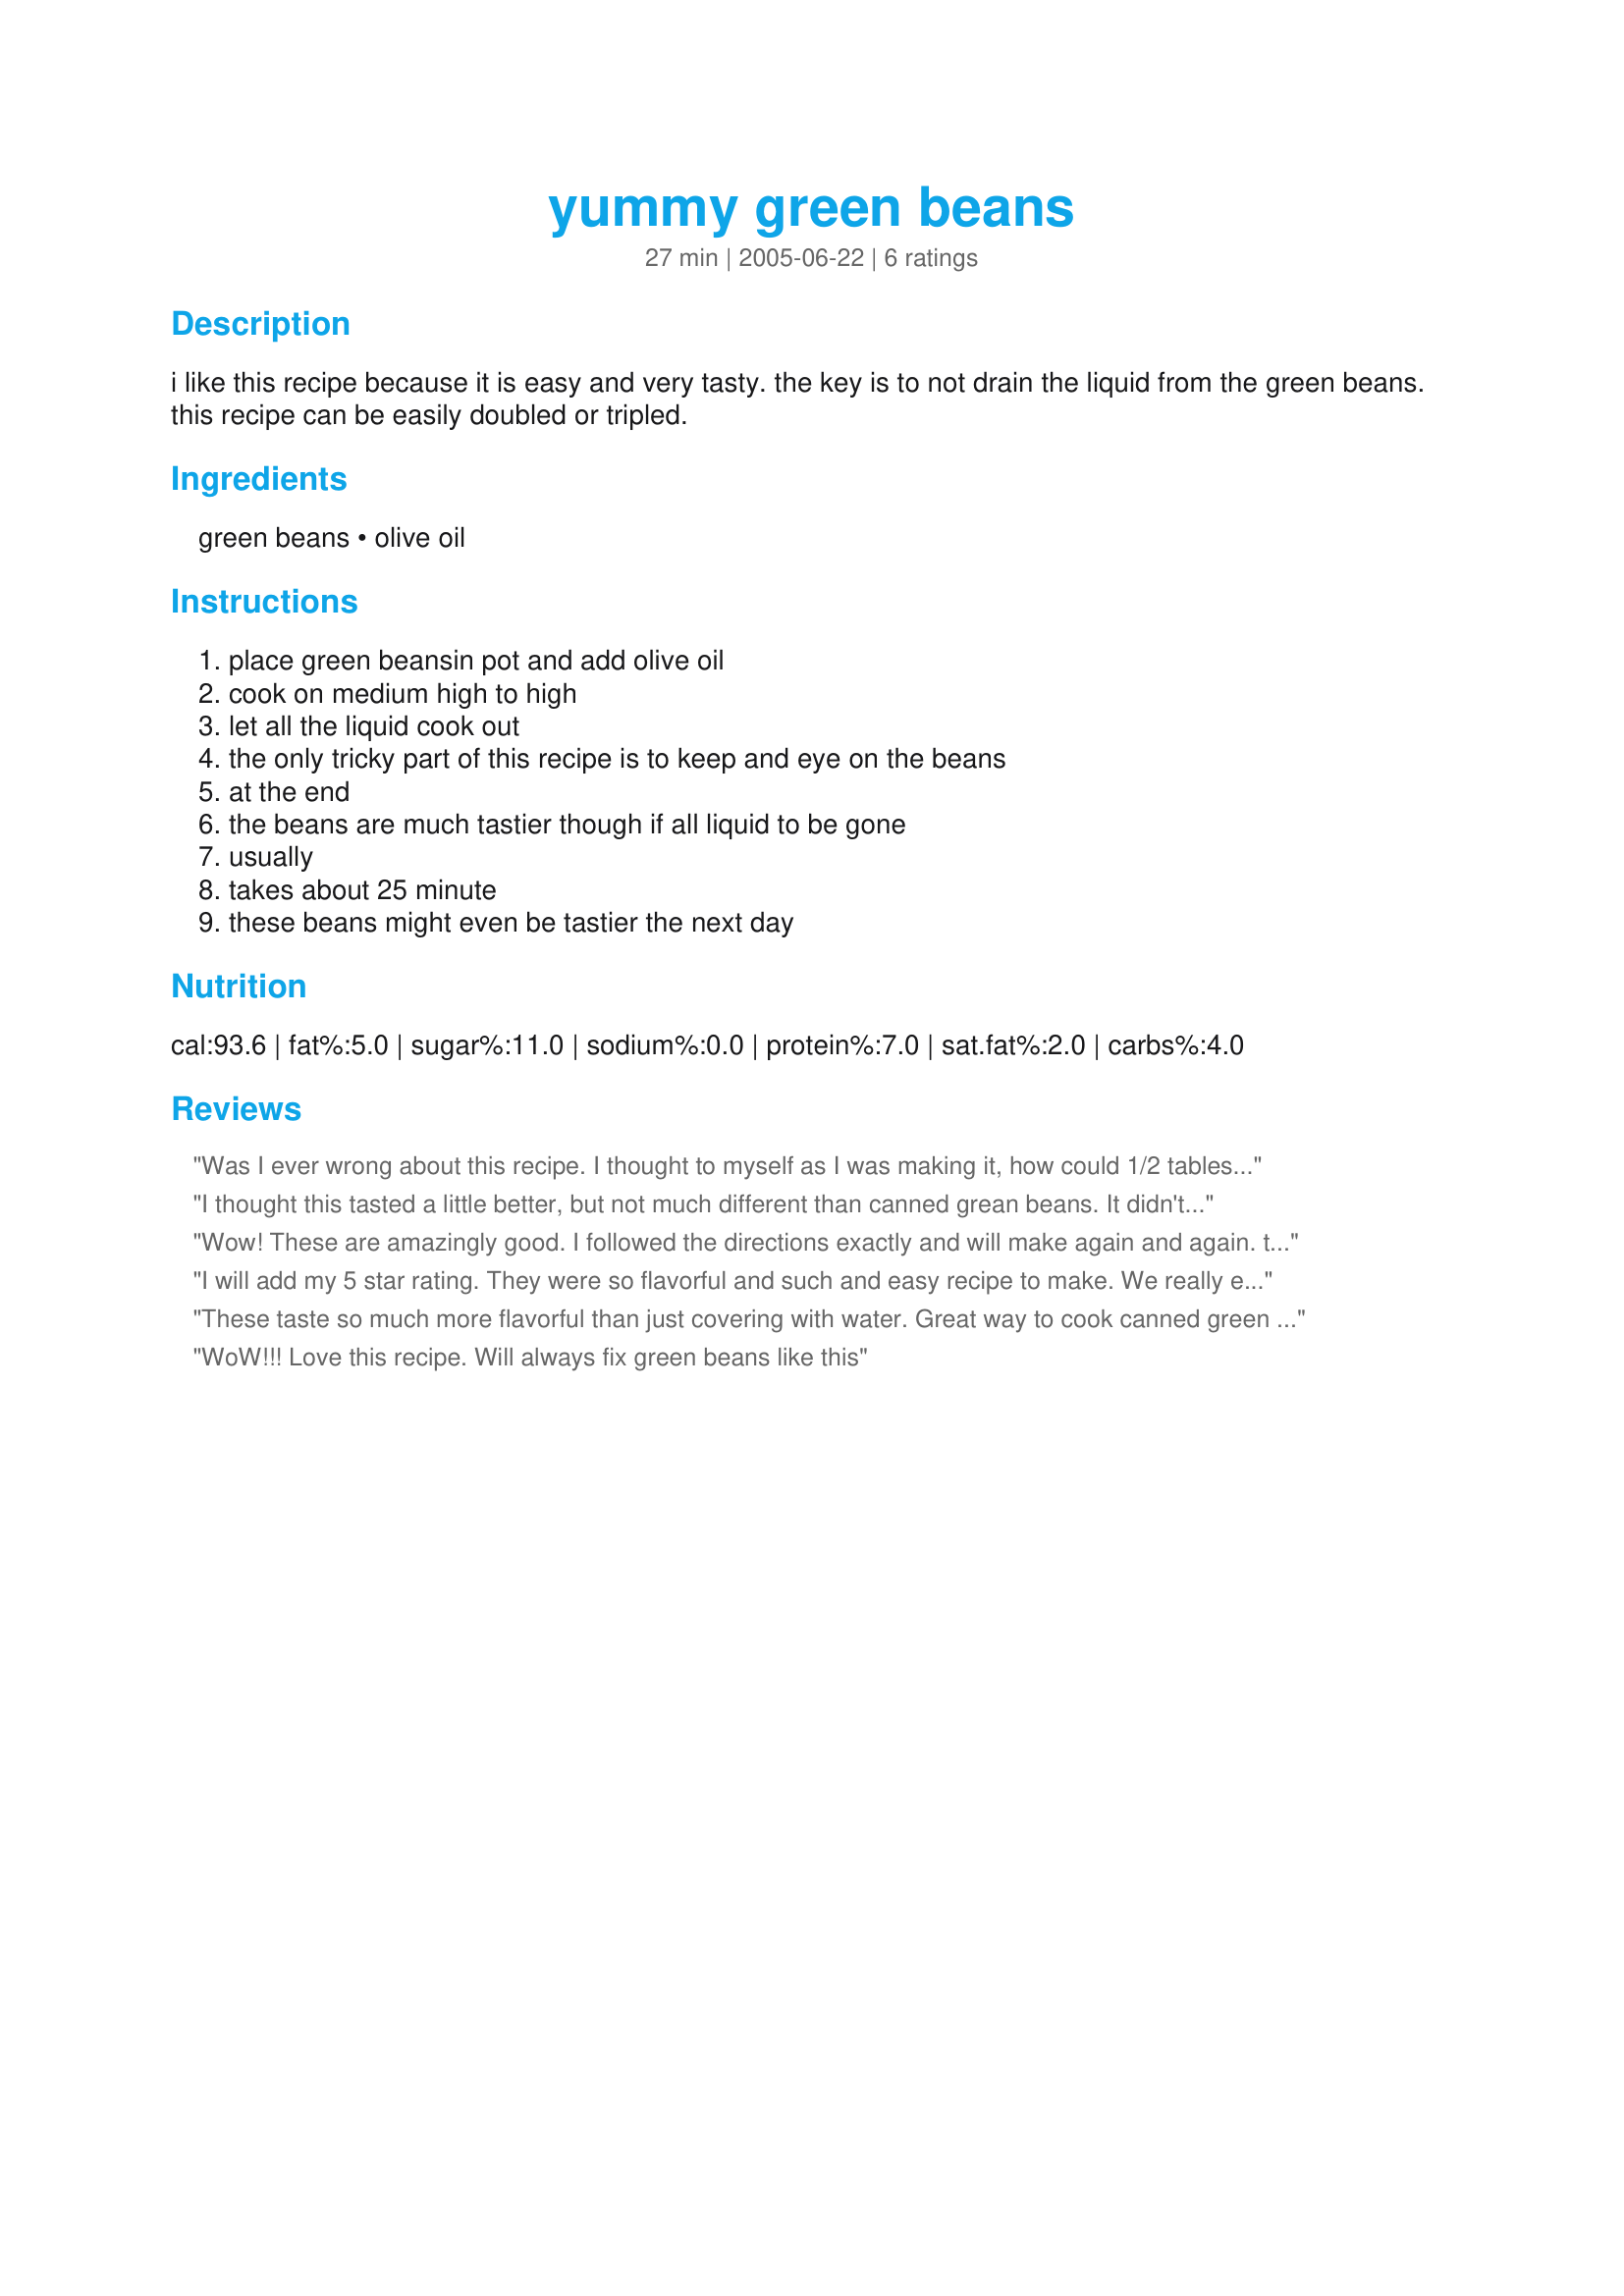
yummy green beans
Preparation time: 27 minutes

i like this recipe because it is easy and very tasty. the key is to not drain the liquid from the green beans. this recipe can be easily doubled or tripled.

Ingredients:
green beans, olive oil

Steps:
place green beansin pot and add olive oil, cook on medium high to high, let all the liquid cook out, the only tricky part of this recipe is to keep and eye on the beans, at the end, the beans are much tastier though if all liquid to be gone, usually, takes about 25 minute, these beans might even be tastier the next day

Reviews:
Was I ever wrong about this recipe. I thought to myself as I was making it, how could 1/2 tablespoon of mild olive oil make any difference? Well, let me tell any other doubting Thomas' out there, THIS IS GREAT!!! I will never eat a plain can of beans again! Do as Zoe says and boil off the liquid. Even the daycare children liked them. Zoe thank you for sharing. I'm so glad I picked you from the Newbie Nursery Twist in this falls PAC 2006
I thought this tasted a little better, but not much different than canned grean beans. It didn't covert my canned bean hater, but it was a nice quick side dish. Thanks!
Wow! These are amazingly good. I followed the directions exactly and will make again and again. thanks for sharing
I will add my 5 star rating. They were so flavorful and such and easy recipe to make. We really enjoyed them. Made as written. 

Thanks Zoe#2. 

Bullwinkle
These taste so much more flavorful than just covering with water. Great way to cook canned green beans. I like greens this way too!
WoW!!! Love this recipe. Will always fix green beans like this
